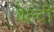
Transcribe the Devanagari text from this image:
वेल्दी